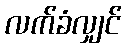
လက်ခံလျှင်